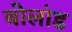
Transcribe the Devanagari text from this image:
बोलांड